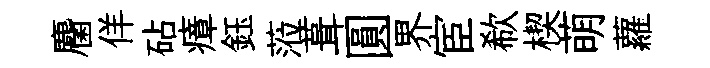
麕佯砧瘴鈺蒞葺圓界宦欷楔萌蘿